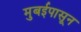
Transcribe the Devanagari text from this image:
मुबईपासून